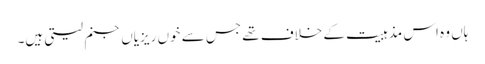
ہاں وہ اس مذہبیت کے خلاف تھے جس سے خوں ریزیاں جنم لیتی ہیں۔